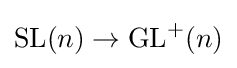
\mathrm {SL} (n)\to \mathrm {GL} ^{+}(n)